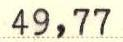
49,77